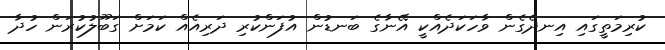
ކުރިމަތީގައި އިނދެގެން ވާހަކަދެއްކީ އޭނާގެ ބަނޑުން އުފަންކުރި ދަރިއެއް ކަމަށް ގަބޫލުކުރަން ހުދާ